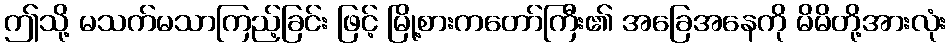
ဤသို့ မသက်မသာကြည့်ခြင်း ဖြင့် မြို့စားကတော်ကြီး၏ အခြေအနေကို မိမိတို့အားလုံး